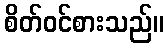
စိတ်ဝင်စားသည်။